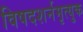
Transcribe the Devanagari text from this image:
विषदशर्नमृत्युक